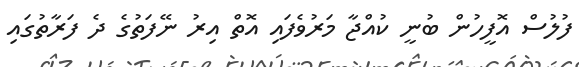
ފުލުސް އޮފީހުން ބުނީ ކުއްޖާ މަރުވެފައި އޮތް އިރު ނޭފަތުގެ ދެ ފަރާތުގައި